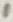
Text: 1